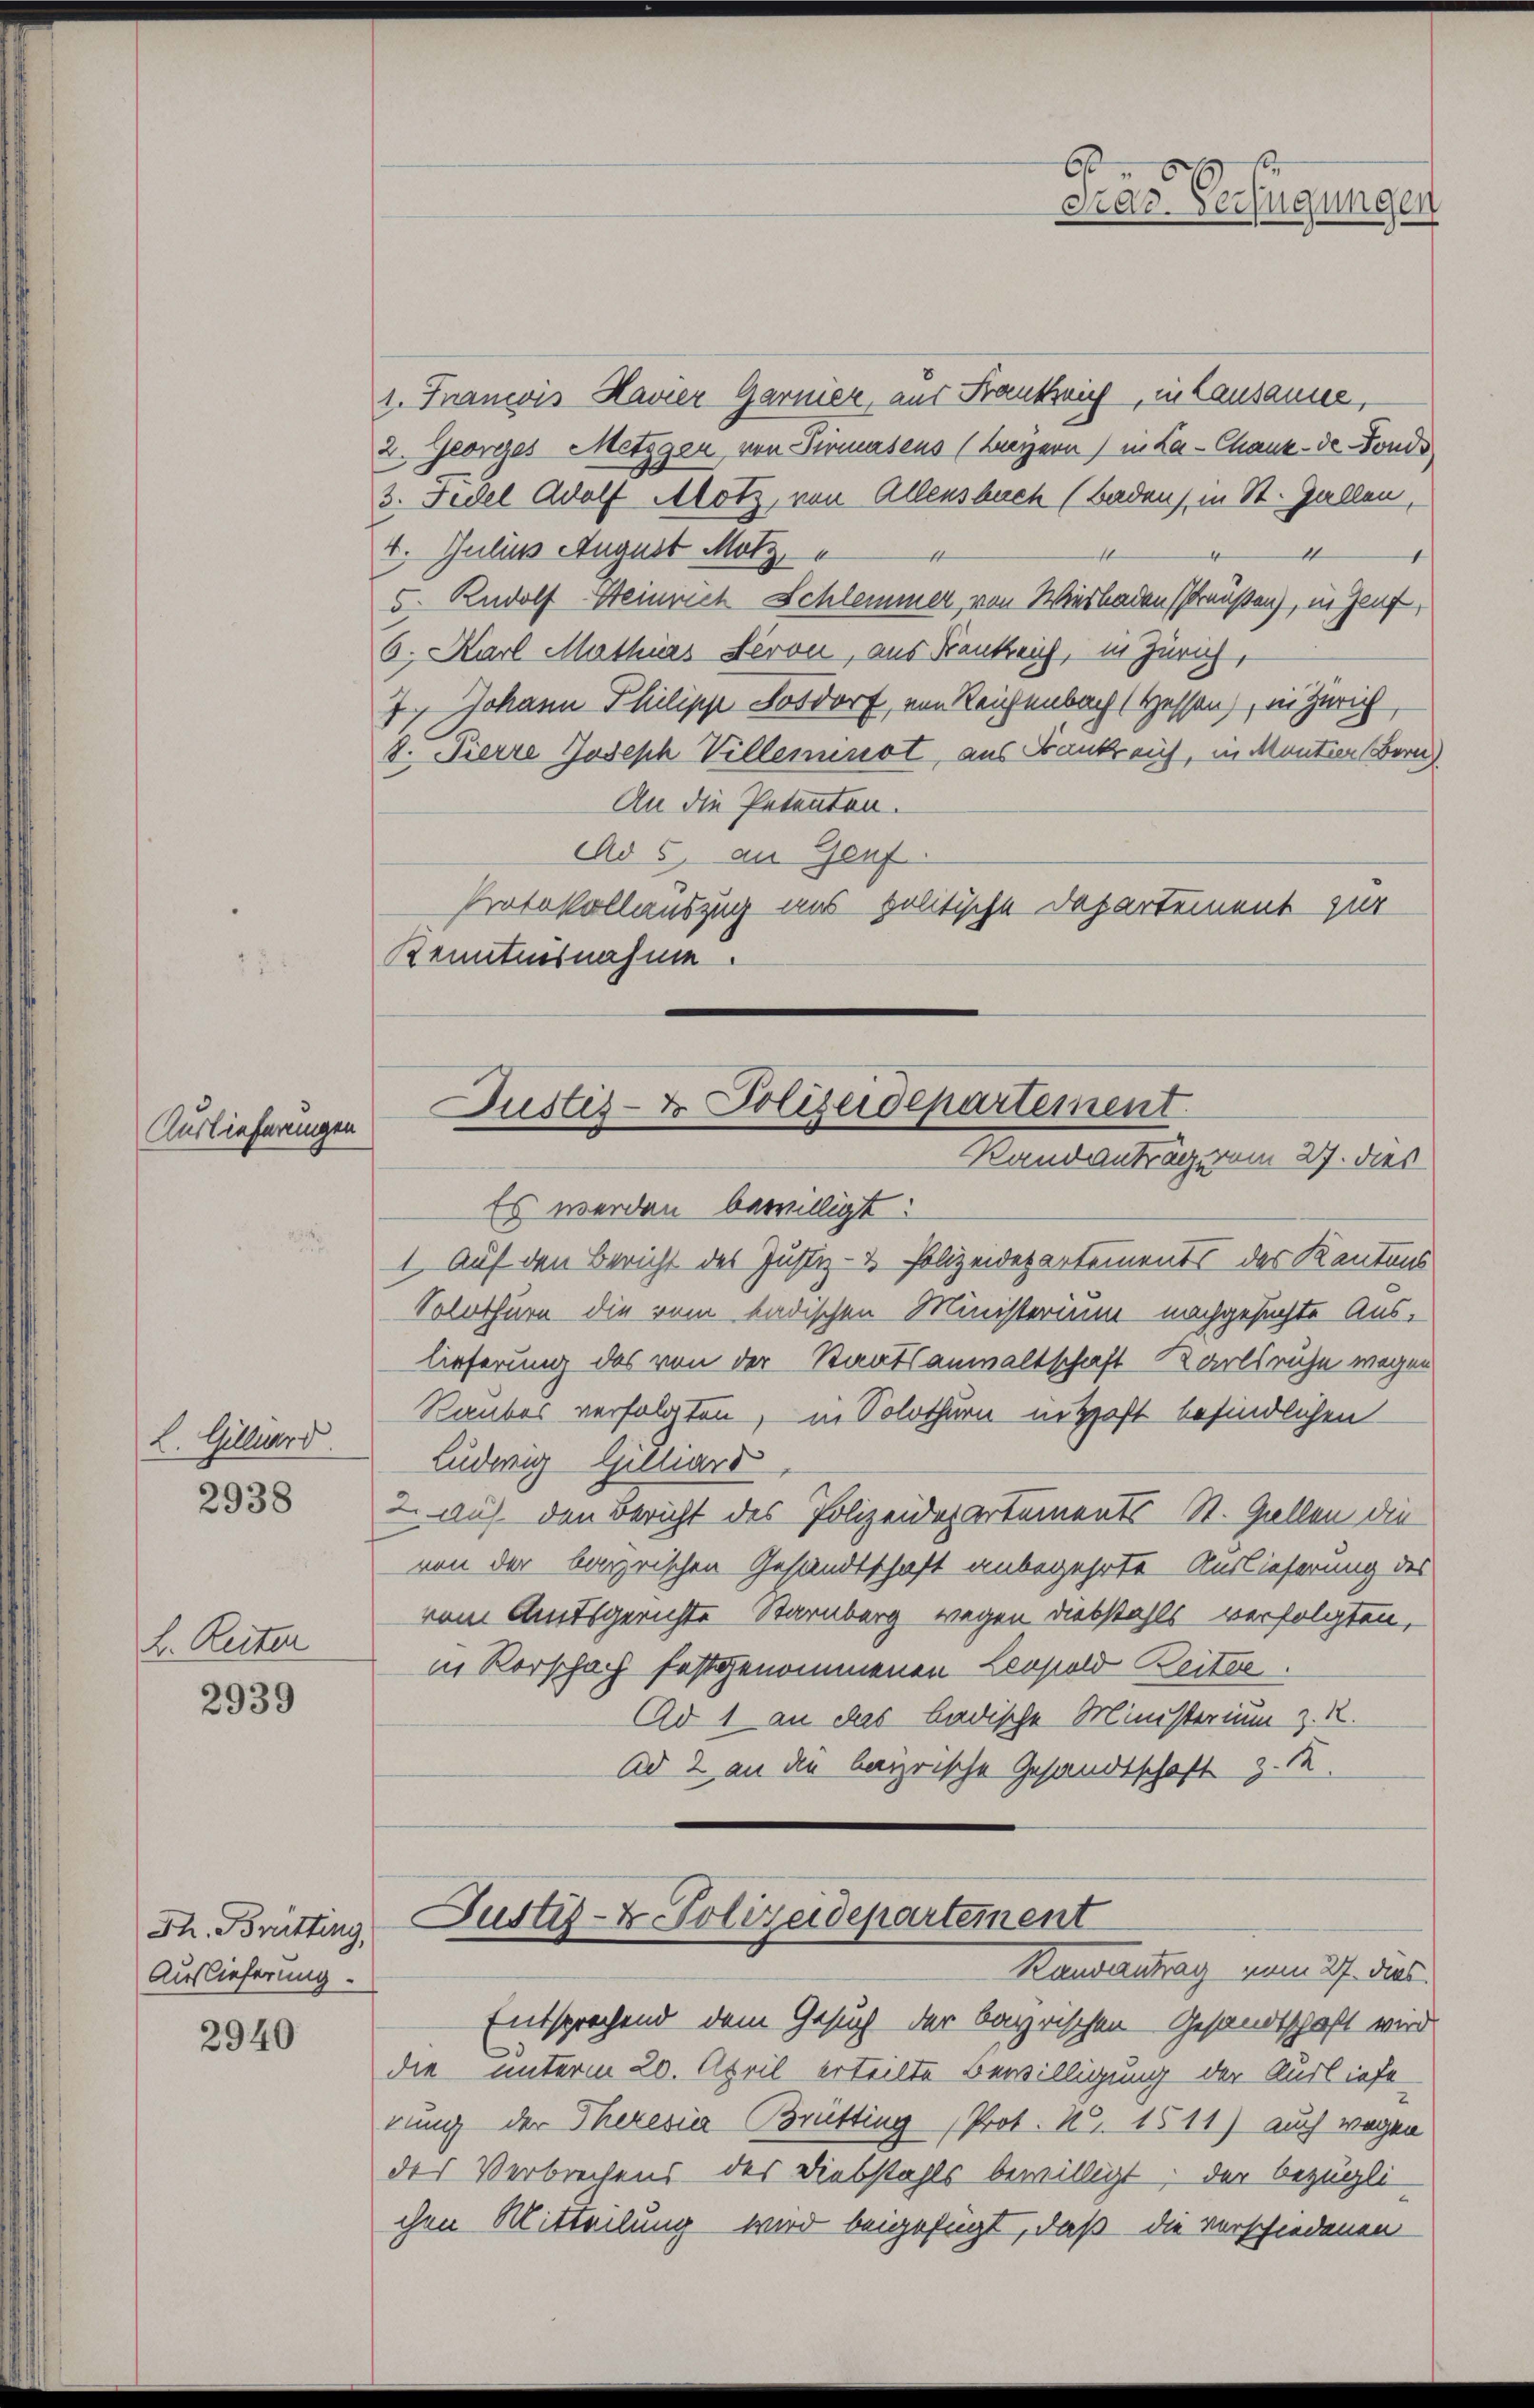
Auslieferungen

L. Reiter

2939

2940

L. Gilliard.
2938

Th. Brütting
Auslieferung

6
dar. Verfügungen

1. Francois Havier Garnier, aus Frankreich, in Lausausse,
2. Georges Metzgen von Sirnaseus (Bayern) in La-Chank- de Fonde
3. Fidel Adolf Alotz, von Allensbuch (Badens in St. Gallen,
4. Julius August Motz,
4
1
5. Rudolf Heinrich Schlemmer von Wiesbadenschausen), in Genf
6. Karl Mathias Seron, aus Bankreich, in Zürich,
7. Johann Philipp Tosdorf, von Reichenbach Hessen), in Zürich,
8. Pierre Joseph Villemenot, aus Frank auf, in Mantier Bere
An die Petenten.
No 5. an Genf
Protokollauszug uns politische Departement zur
Kenntnisnahme.

Justiz- & Polizeidepartement.
Baubantrags vom 27. des

Es werden bewilligt:
1 auf den Bericht des Justiz- & Polizeidepartements des Kantons
Solothurn die vom Ladischen Ministerium nachgesuchte Auslieferung des von der Staatsanwaltschaft Karlsruhe wegen
Raubes verfolgten, in Solothurn mithaft befindlichen
Ludwig Gilliars
2 auf den Bericht des Polizeidepartements-St. Gallen die
von der bayrischen Gesandtschaft anbegehrte Auslieferung des
vom Amtsgerichte Karnberg wegen Diebstahls verfolgten,
in Vorschach festgenommenen Leopold Beiter.
Ad 1 an das badische Ministerium z. R.
Ad 2 an die bayrische Gesandtschaft z. R.

Justiz- & Polizeidepartement
Kausantrag vom 27. ds.

Entsprechend dem Gesuch der bayrischen Gesandtschaft wird
die unterm 20. April erteilte Bewilligung der Ausliefe
rung der Theresia Brütting Prot. N. 1511) auch wegen
des Verbrechens des Diebstahls bewilligt; der bezügli-
chen Mitteilung wird beigefügt, daß die verschiedenen